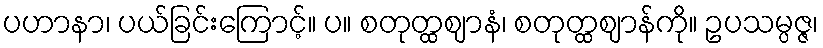
ပဟာနာ၊ ပယ်ခြင်းကြောင့်။ ပ။ စတုတ္ထဈာနံ၊ စတုတ္ထဈာန်ကို။ ဥပသမ္ပဇ္ဇ၊